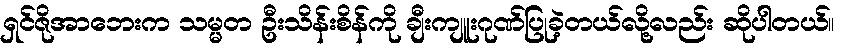
ရှင်ဇိုအာဘေးက သမ္မတ ဦးသိန်းစိန်ကို ချီးကျူးဂုဏ်ပြုခဲ့တယ်လို့လည်း ဆိုပါတယ်။